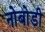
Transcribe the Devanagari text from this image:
नोबोडी